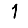
Digit: 1